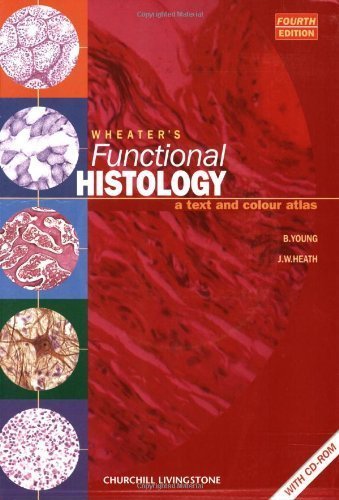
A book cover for By Barbara Young: Wheater's Functional Histology: A Text and Colour Atlas (Book with CD-ROM) Fourth (4th) Edition; -Author-; Medical Books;